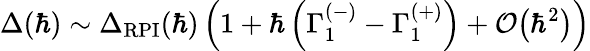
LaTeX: \Delta(\hbar)\sim\Delta_{\mathrm{RPI}}(\hbar)\left(1+\hbar\left(\Gamma_{1}^{(-)}-\Gamma_{1}^{(+)}\right)+\mathcal{O}\big(\hbar^{2}\big)\right)